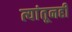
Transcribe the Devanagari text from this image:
त्यांतूनही